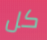
كل